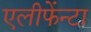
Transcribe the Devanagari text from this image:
एलीफेंन्टा